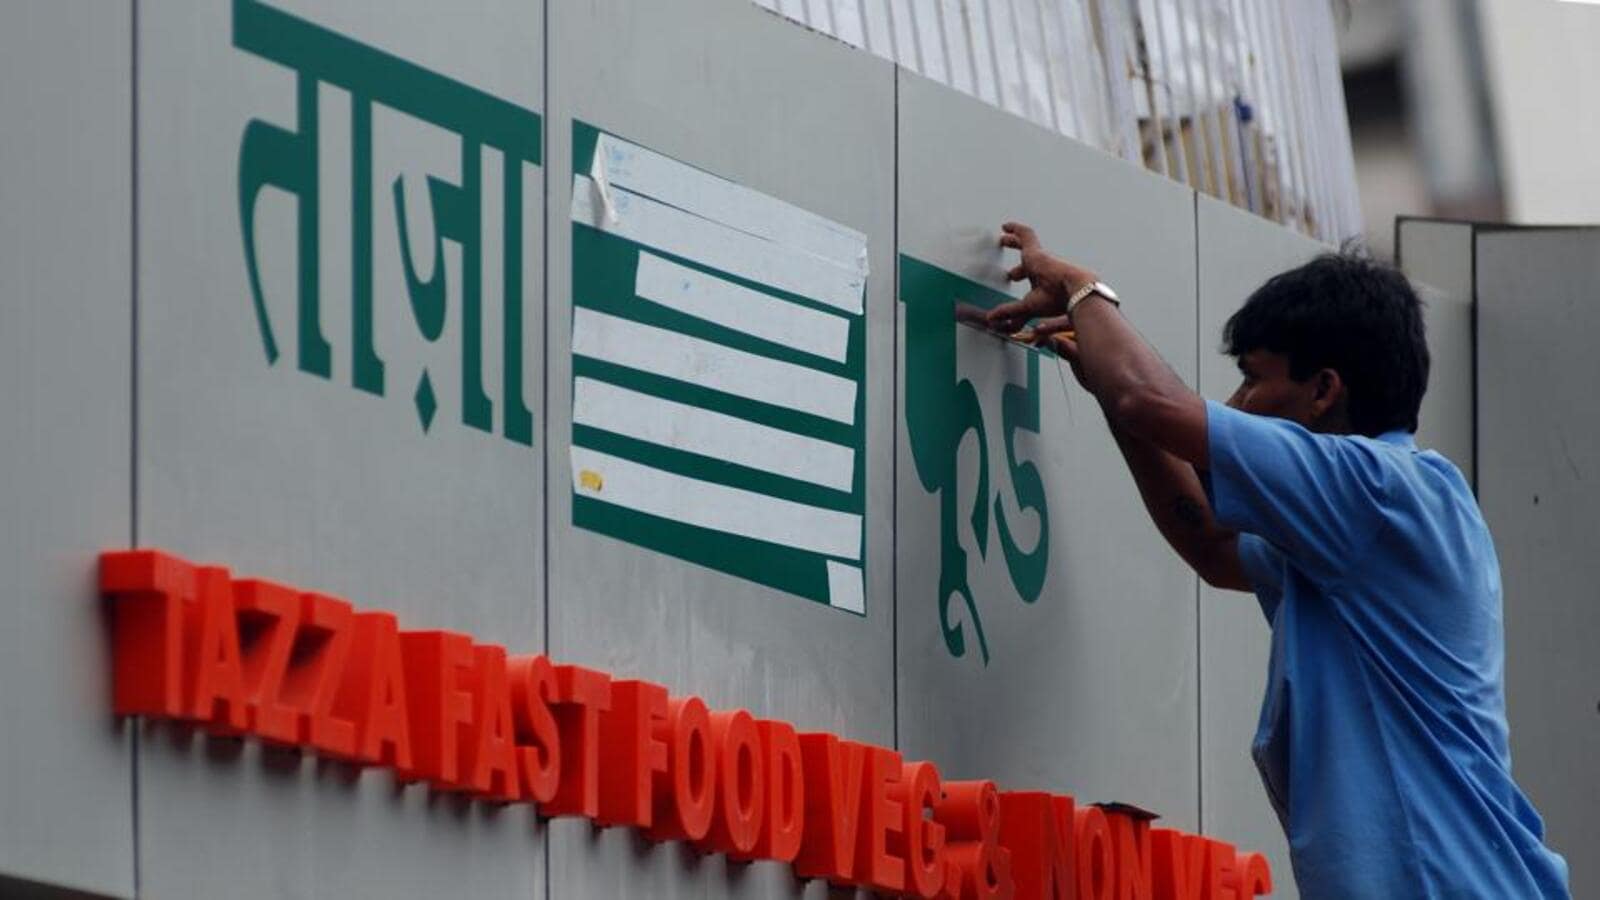
Language: marathi
Transcription: ताज़ा